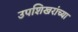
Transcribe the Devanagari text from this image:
उपशिखरांच्या